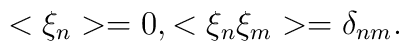
<\xi_{n}>=0,<\xi_{n}\xi_{m}>=\delta_{nm}.